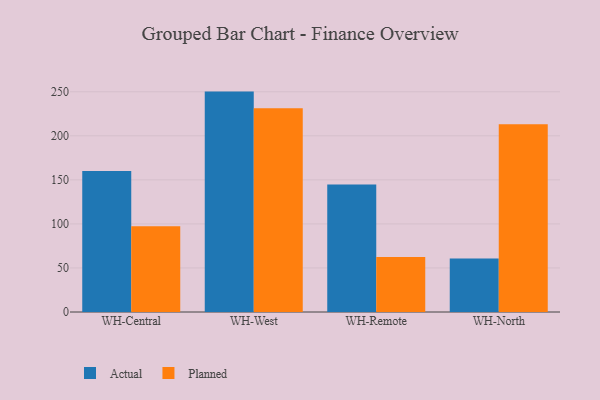
{"axis": {"x": "Warehouse", "y": "Humidity (%)"}, "legend": ["Actual", "Planned"], "data": [{"x": "WH-Central", "y": 160.2, "type": "Actual"}, {"x": "WH-Central", "y": 97.3, "type": "Planned"}, {"x": "WH-West", "y": 250.2, "type": "Actual"}, {"x": "WH-West", "y": 231.4, "type": "Planned"}, {"x": "WH-Remote", "y": 144.6, "type": "Actual"}, {"x": "WH-Remote", "y": 62.5, "type": "Planned"}, {"x": "WH-North", "y": 60.7, "type": "Actual"}, {"x": "WH-North", "y": 213.1, "type": "Planned"}]}